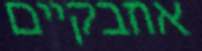
אוזבקיים